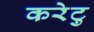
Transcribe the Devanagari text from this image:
करेटु